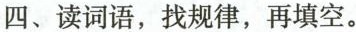
四、读词语，找规律，再填空。